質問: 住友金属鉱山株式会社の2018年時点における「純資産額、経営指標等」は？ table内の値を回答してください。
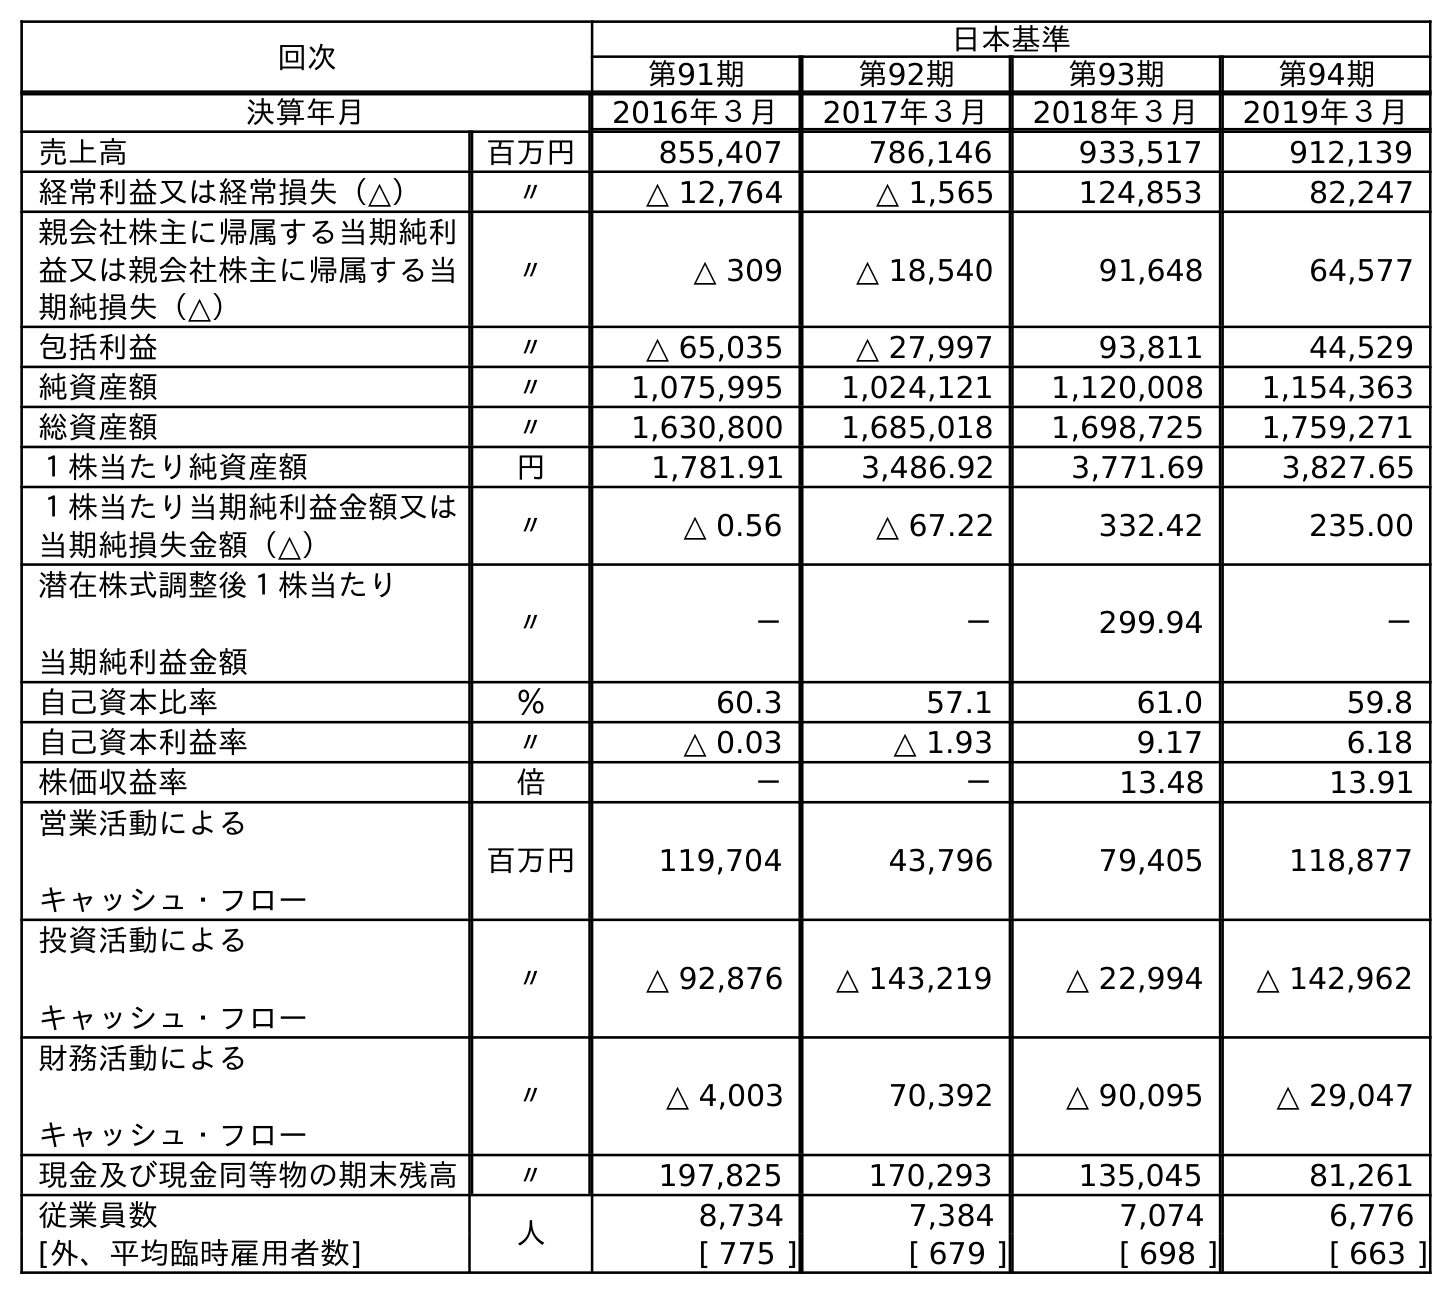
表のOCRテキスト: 回次 日本基準 第91期 第92期 第93期 第94期 決算年月 2016年３月 2017年３月 2018年３月 2019年３月 売上高 百万円 855,407 786,146 933,517 912,139 経常利益又は経常損失（△） 〃 △ 12,764 △ 1,565 124,853 82,247 親会社株主に帰属する当期純利 益又は親会社株主に帰属する当 期純損失（△） 〃 △ 309 △ 18,540 91,648 64,577 包括利益 〃 △ 65,035 △ 27,997 93,811 44,529 純資産額 〃 1,075,995 1,024,121 1,120,008 1,154,363 総資産額 〃 1,630,800 1,685,018 1,698,725 1,759,271 １株当たり純資産額 円 1,781.91 3,486.92 3,771.69 3,827.65 １株当たり当期純利益金額又は 当期純損失金額（△） 〃 △ 0.56 △ 67.22 332.42 235.00 潜在株式調整後１株当たり 当期純利益金額 〃 － － 299.94 － 自己資本比率 ％ 60.3 57.1 61.0 59.8 自己資本利益率 〃 △ 0.03 △ 1.93 9.17 6.18 株価収益率 倍 － － 13.48 13.91 営業活動による キャッシュ・フロー 百万円 119,704 43,796 79,405 118,877 投資活動による キャッシュ・フロー 〃 △ 92,876 △ 143,219 △ 22,994 △ 142,962 財務活動による キャッシュ・フロー 〃 △ 4,003 70,392 △ 90,095 △ 29,047 現金及び現金同等物の期末残高 〃 197,825 170,293 135,045 81,261 従業員数 人 8,734 7,384 7,074 6,776 [外、平均臨時雇用者数] [ 775 ] [ 679 ] [ 698 ] [ 663 ]
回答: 1,120,008